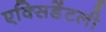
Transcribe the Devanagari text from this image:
एक्सिडेंटली